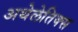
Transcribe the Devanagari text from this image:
अथेलेतिक्स